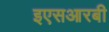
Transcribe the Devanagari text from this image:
इएसआरबी